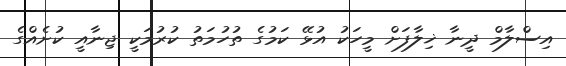
އިސްލާމް ދީނާ ޚިލާފަށް މީހަކު އުޅޭ ކަމުގެ ތުހުމަތު ކުރުމަކީ ޖިނާއީ ކުށެއްގެ